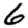
Digit: 6